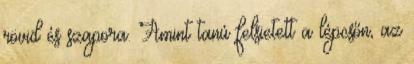
rövid és szapora. Amint tanú felsietett a lépcsőn, az